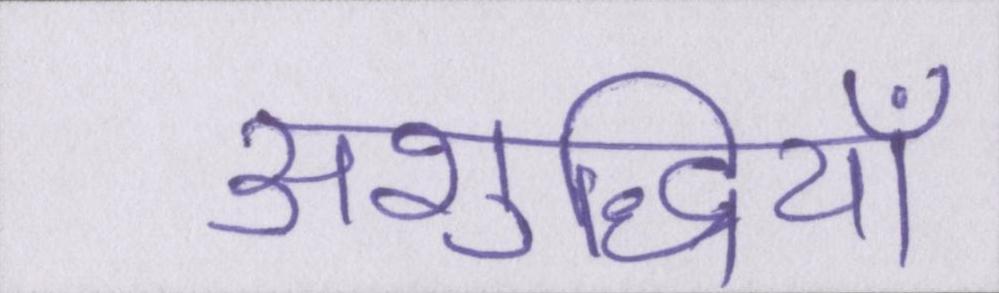
अशुद्धियाँ